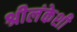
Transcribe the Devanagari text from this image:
श्रीलंकेशी